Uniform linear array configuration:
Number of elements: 32
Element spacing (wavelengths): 1
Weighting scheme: binomial
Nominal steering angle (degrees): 60
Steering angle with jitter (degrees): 61.121
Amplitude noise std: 0.05
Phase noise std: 0.05

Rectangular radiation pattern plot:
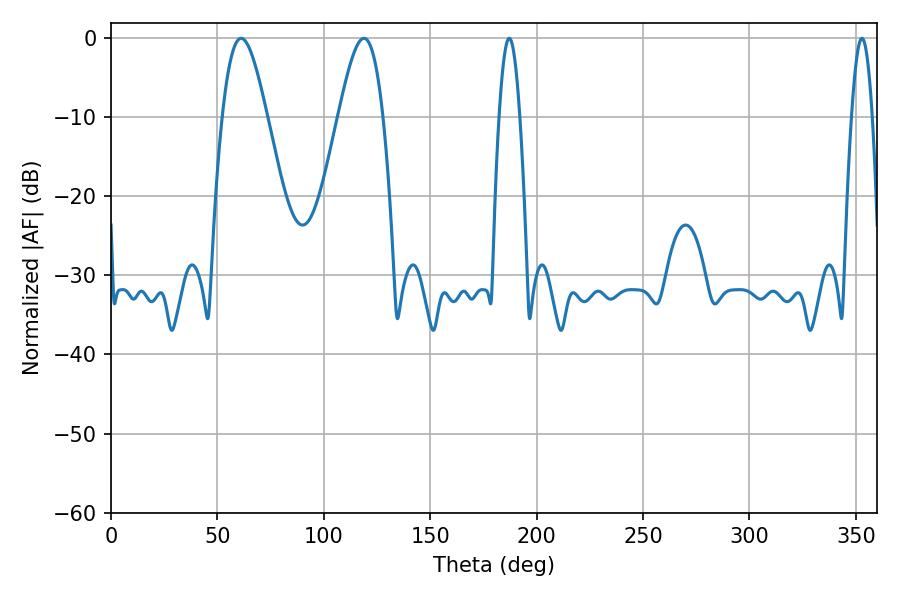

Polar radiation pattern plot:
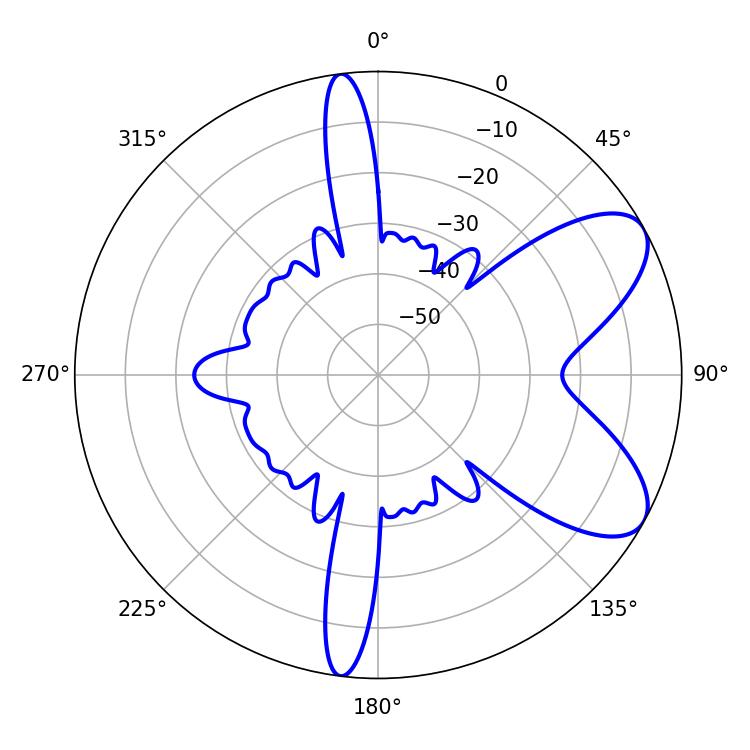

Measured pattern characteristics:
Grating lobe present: TRUE
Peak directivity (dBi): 7.513
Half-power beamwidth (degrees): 11.16
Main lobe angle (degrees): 118.8